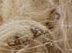
تنظيف